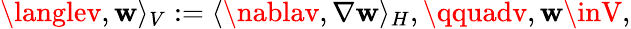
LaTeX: \langlev,\mathbf{w}\rangle_{V}:=\langle\nablav,\nabla\mathbf{w}\rangle_{H},\qquadv,\mathbf{w}\inV,